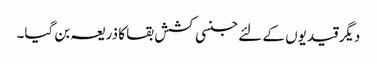
دیگر قیدیوں کے لئے جنسی کشش بقا کا ذریعہ بن گیا۔